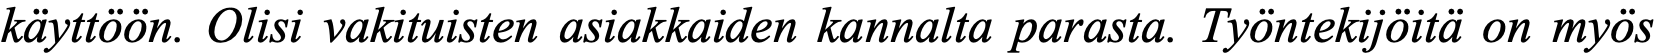
käyttöön. Olisi vakituisten asiakkaiden kannalta parasta. Työntekijöitä on myös